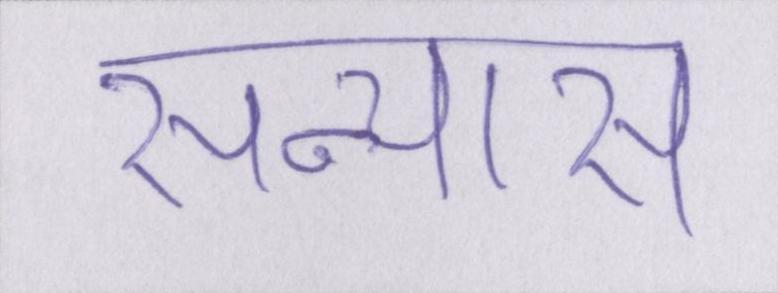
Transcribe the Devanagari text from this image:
सन्यास